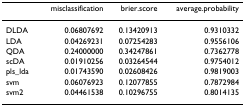
<table><thead><tr><td></td><td><b>misclassification</b></td><td><b>brier.score</b></td><td><b>average.probability</b></td></tr></thead><tbody><tr><td>DLDA</td><td>0.06807692</td><td>0.13420913</td><td>0.9310332</td></tr><tr><td>LDA</td><td>0.04269231</td><td>0.07254283</td><td>0.9556106</td></tr><tr><td>QDA</td><td>0.24000000</td><td>0.34247861</td><td>0.7362778</td></tr><tr><td>scDA</td><td>0.01910256</td><td>0.03264544</td><td>0.9754012</td></tr><tr><td>pls_lda</td><td>0.01743590</td><td>0.02608426</td><td>0.9819003</td></tr><tr><td>svm</td><td>0.06076923</td><td>0.12077855</td><td>0.7872984</td></tr><tr><td>svm2</td><td>0.04461538</td><td>0.10296755</td><td>0.8014135</td></tr></tbody></table>